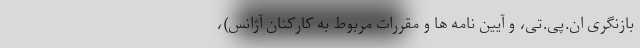
بازنگری ان.پی.تی، و آیین نامه ها و مقررات مربوط به کارکنان آژانس)،